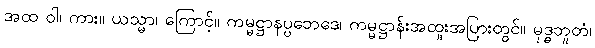
အထ ဝါ၊ ကား။ ယသ္မာ၊ ကြောင့်။ ကမ္မဋ္ဌာနပ္ပဘေဒေ၊ ကမ္မဋ္ဌာန်းအထူးအပြားတွင်။ မုဒ္ဓဘူတံ၊